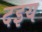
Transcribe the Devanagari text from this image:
दइय